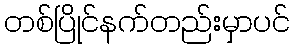
တစ်ပြိုင်နက်တည်းမှာပင်